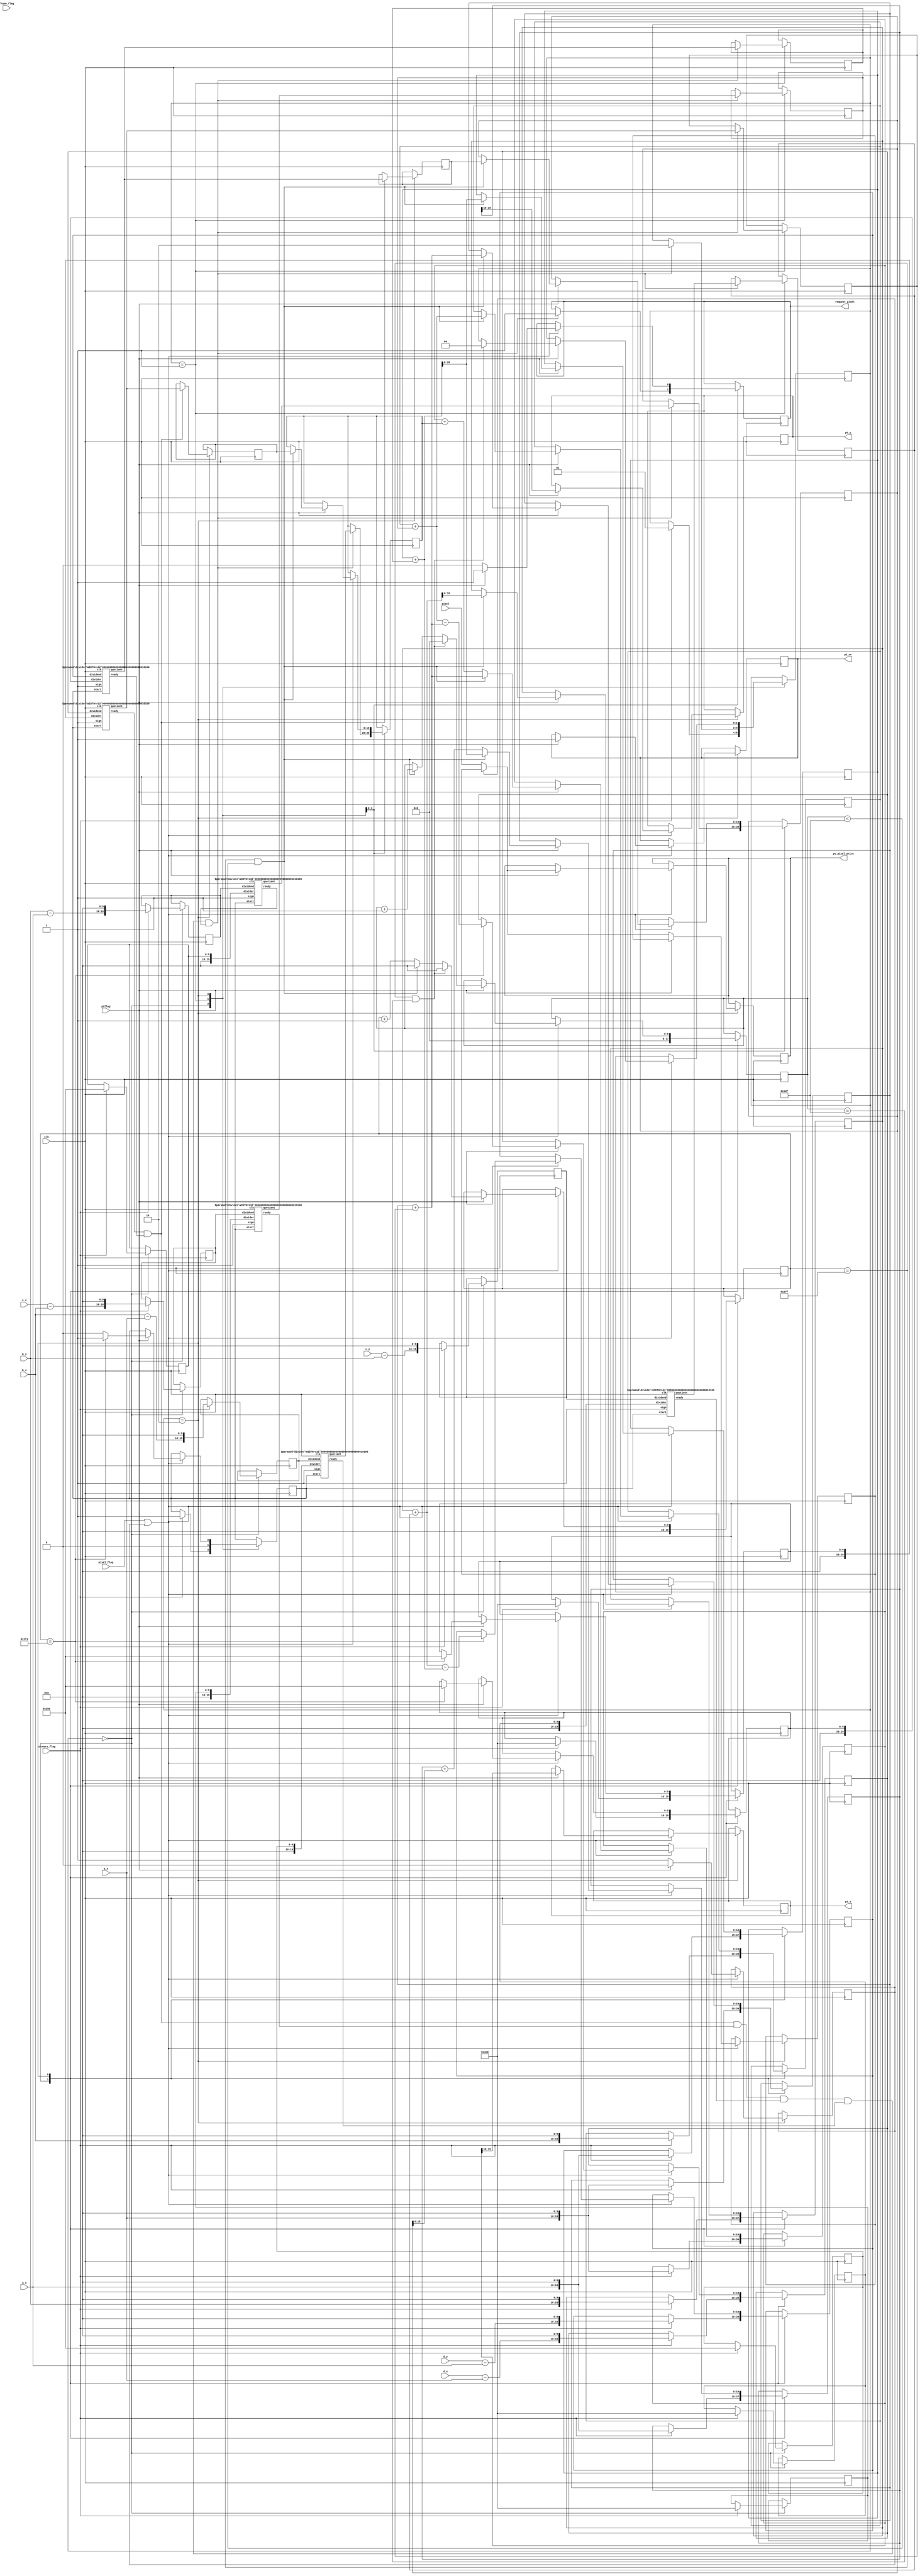
module projective_transform(
			    input 	      clk, // System clock (global ->)
			    input 	      frame_flag, // New frame flag (ntsc_capture ->)
			    input [17:0]      pixel, // Pixel data input (lpf ->)
			    input 	      pixel_flag, // New pixel recieved? (lpf ->)
			    input [9:0]       a_x, // coordinates of the corners
			    input [8:0]       a_y, //  |  (object_recognition ->)
			    input [9:0]       b_x, //  |
			    input [8:0]       b_y, //  |
			    input [9:0]       c_x, //  |
			    input [8:0]       c_y, //  |
			    input [9:0]       d_x, //  |
			    input [8:0]       d_y, //  |
			    input 	      corners_flag, // (object_recognition ->)


			    input 	      ptflag, // Okay to send new data (memory_interface ->) 
			    output reg [17:0] pt_pixel_write, // Pixel data output (-> memory_interface)
			    output reg [9:0]  pt_x, // Pixel output data location
			    output reg [8:0]  pt_y, //  | (-> memory_interface)
			    output reg 	      pt_wr, // Want to write pixel flag (-> memory_interface)
			    output reg 	      request_pixel = 0 // request a pixel to process (-> lpf) 	      
			    );
   

   reg [1:0] 				      state = 0;

   // iterator coordinates for the three iterator points
   // these all have 10 extra bits of resolution to simulate decimals
   // 	(for example 1 is represented by 1 << 10)
   reg [19:0] 				      i_a_x;
   reg [18:0] 				      i_a_y;
   reg [19:0] 				      i_b_x;
   reg [18:0] 				      i_b_y;
   reg [19:0] 				      i_c_x;
   reg [18:0] 				      i_c_y;

   // iterator incrementors
   reg [19:0] 				      delta_a_x;
   reg [19:0] 				      delta_a_y;
   reg [19:0] 				      delta_b_x;
   reg [19:0] 				      delta_b_y;
   reg [19:0] 				      delta_c_x;
   reg [19:0] 				      delta_c_y;
   reg [19:0] 				      delta_c_x_next;
   reg [19:0] 				      delta_c_y_next;
   
   // wires/registers for diving
   wire 				      rfd_a;
   wire 				      rfd_b;
   wire 				      rfd_c;
   wire 				      rfd_d;
   wire 				      rfd_e;
   wire 				      rfd_f;

   reg [19:0] 				      dividend_a;
   reg [19:0] 				      dividend_b;
   reg [19:0] 				      dividend_c;
   reg [19:0] 				      dividend_d;
   reg [19:0] 				      dividend_e;
   reg [19:0] 				      dividend_f;

   reg [9:0] 				      divisor_a;
   reg [9:0] 				      divisor_b;
   reg [9:0] 				      divisor_c;
   reg [9:0] 				      divisor_d;
   reg [9:0] 				      divisor_e;
   reg [9:0] 				      divisor_f;

   wire [19:0] 				      quotient_a;
   wire [19:0] 				      quotient_b;
   wire [19:0] 				      quotient_c;
   wire [19:0] 				      quotient_d;
   wire [19:0] 				      quotient_e;
   wire [19:0] 				      quotient_f;
   
   reg 					      startdivs;

   // coordinates iterators in the untransformed images
   reg [9:0] 				      o_x;
   reg [8:0] 				      o_y;

   reg [4:0] 				      counter;
   reg 					      counting = 0;

   // create some registers for dealing with possible delays
   // in memory_write
   reg [17:0] 				      pixel_save;
   reg 					      waiting_for_write;

   parameter WAIT_FOR_CORNERS = 0;
   parameter WAIT_FOR_DIVIDERS = 1;
   parameter WAIT_FOR_PIXEL = 2;

   // six dividers, for parallelization. these are used to calculate
   // iteration "deltas"
   divider #(.WIDTH(20)) diva(.clk(clk), .ready(rfd_a), .dividend(dividend_a),
			      .divider({10'b0,divisor_a}), .quotient(quotient_a), .sign(1'b1), .start(startdivs));

   divider #(.WIDTH(20)) divb(.clk(clk), .ready(rfd_b), .dividend(dividend_b),
			      .divider({10'b0,divisor_b}), .quotient(quotient_b), .sign(1'b1), .start(startdivs));
   
   divider #(.WIDTH(20)) divc(.clk(clk), .ready(rfd_c), .dividend(dividend_c),
			      .divider({10'b0,divisor_c}), .quotient(quotient_c), .sign(1'b1), .start(startdivs));

   divider #(.WIDTH(20)) divd(.clk(clk), .ready(rfd_d), .dividend(dividend_d),
			      .divider({10'b0,divisor_d}), .quotient(quotient_d), .sign(1'b1), .start(startdivs));

   divider #(.WIDTH(20)) dive(.clk(clk), .ready(rfd_e), .dividend(dividend_e),
			      .divider({10'b0,divisor_e}), .quotient(quotient_e), .sign(1'b1), .start(startdivs));
   
   divider #(.WIDTH(20)) divf(.clk(clk), .ready(rfd_f), .dividend(dividend_f),
			      .divider({10'b0,divisor_f}), .quotient(quotient_f), .sign(1'b1), .start(startdivs));

   always @(posedge clk) begin
      case(state)
	WAIT_FOR_CORNERS: begin
	   o_x <= 0;
	   o_y <= 0;
	   
	   if (corners_flag) begin
	      
	      i_a_x <= a_x << 10;
	      i_a_y <= a_y << 10;
	      i_b_x <= b_x << 10;
	      i_b_y <= b_y << 10;
	      i_c_x <= a_x << 10;
	      i_c_y <= a_y << 10;
	      
	      //start dividers
	      dividend_a <= (d_x - a_x) << 10;
	      dividend_b <= (d_y - a_y) << 10;
	      dividend_c <= (c_x - b_x) << 10;
	      dividend_d <= (c_y - b_y) << 10;
	      dividend_e <= (b_x - a_x) << 10;
	      dividend_f <= (b_y - a_y) << 10;

	      divisor_a <= 480;
	      divisor_b <= 480;
	      divisor_c <= 480;
	      divisor_d <= 480;
	      divisor_e <= 640;
	      divisor_f <= 640;
	      
	      startdivs <= 1;

	      // update state
	      state <= WAIT_FOR_DIVIDERS;

	   end // if (corners_flag)
	end // case: WAIT_FOR_CORNERS

	WAIT_FOR_DIVIDERS: begin
	   startdivs <= 0;

	   // if divider is done (divider delay = M + 4)
	   // M = dividend width = 20 in this case
	   if (rfd_a & rfd_b & rfd_c & rfd_d & rfd_e & rfd_f) begin
	      request_pixel <= 1;

	      delta_a_x <= quotient_a;
	      delta_a_y <= quotient_b;
	      delta_b_x <= quotient_c;
	      delta_b_y <= quotient_d;
	      delta_c_x <= quotient_e;
	      delta_c_y <= quotient_f;

	      // update state
	      state <= WAIT_FOR_PIXEL;
	   end
	end

	// This is the state where the bulk of the module is accomplished.
	// This waits for LPF to send a new pixel value to projective_transform,
	// then echoes that value and new coords to the memory management module.
	// then it increments the iterators accordingly.
	WAIT_FOR_PIXEL: begin
	   // a new pixel has arrived, process accordingly
	   if (pixel_flag || waiting_for_write) begin
	      if (ptflag) begin
		 waiting_for_write <= 0;
		 request_pixel <= 1;
		 
		 
		 // output the new pixel coordinates
		 if (waiting_for_write) begin
		    pt_pixel_write <= pixel_save;
		 end else begin
		    pt_pixel_write <= pixel;
		 end
		 
		 pt_x <= i_c_x >> 10;
		 pt_y <= i_c_y >> 10;
		 pt_wr <= 1;

		 // increment iterators
		 i_c_x <= i_c_x + delta_c_x;
		 i_c_y <= i_c_y + delta_c_y;
		 o_x <= o_x + 1;

		 // we are getting close to the end of this line. begin calculating the
		 // next lines deltas and distances. 	   
		 if (o_x == 500) begin
		    // start dividers
		    divisor_a <= 640;
		    divisor_b <= 640;

		    dividend_a <= ((i_b_x + delta_b_x) - (i_a_x + delta_a_x));
		    dividend_b <= ((i_b_y + delta_b_y) - (i_a_y + delta_a_y));
		    
		    startdivs <= 1;

		 end else startdivs <= 0;

		 // the end of the line
		 if (o_x == 639 && o_y < 479) begin
		    // increment iterators
		    o_y <= o_y + 1;
		    i_a_x <= i_a_x + delta_a_x;
		    i_a_y <= i_a_y + delta_a_y;
		    i_b_x <= i_b_x + delta_b_x;
		    i_b_y <= i_b_y + delta_b_y;
		    
		    // reset I_C to the new location of I_A
		    i_c_x <= i_a_x + delta_a_x;
		    i_c_y <= i_a_y + delta_a_y;

		    // update the deltas
		    delta_c_x <= delta_c_x_next;
		    delta_c_y <= delta_c_y_next;

		    // reset o_x 
		    o_x <= 0;
		 end
		 
		 // the end of the frame
		 if (o_x == 639 && o_y == 479) begin
		    // reset the iterator variables
		    o_x <= 0;
		    o_y <= 0;

		    // the other iterators will be reset when new corners arrive
		    
		    // go back to waiting
		    state <= WAIT_FOR_CORNERS;
		 end
	      end else begin // if (ptflag)
		 waiting_for_write <= 1; // set a flag

		 if (~waiting_for_write) pixel_save <= pixel; // store the current pixel data
		 request_pixel <= 0; // memory_interface is delayed, we do not
		 // want to deal with new pixels right now
		 
	      end // else: !if(ptflag)
	      
	   end // if (pixel_flag)

	   // if the divider is done
	   if (rfd_a & rfd_b) begin
	      // save deltas
	      delta_c_x_next <= quotient_a;
	      delta_c_y_next <= quotient_b;
	   end
	   
	end // case: WAIT_FOR_PIXEL
	
      endcase // case (state)
   end // always @ (posedge clk)    
endmodule // projective_transform

// The divider module divides one number by another. It
// produces a signal named "ready" when the quotient output
// is ready, and takes a signal named "start" to indicate
// the the input dividend and divider is ready.
//    sign -- 0 for unsigned, 1 for twos complement

// It uses a simple restoring divide algorithm.
// http://en.wikipedia.org/wiki/Division_(digital)#Restoring_division
module divider #(parameter WIDTH = 8) (ready, start, quotient, 
				       remainder, dividend, 
				       divider, sign, clk);

   input         clk;
   input         sign;
   input 	 start;
   input [WIDTH-1:0] dividend, divider;
   output [WIDTH-1:0] quotient, remainder;
   output 	      ready;

   reg [WIDTH-1:0]    quotient, quotient_temp;
   reg [WIDTH*2-1:0]  dividend_copy, divider_copy, diff;
   reg 		      negative_output;
   
   wire [WIDTH-1:0]   remainder = (!negative_output) ? 
                      dividend_copy[31:0] : 
                      ~dividend_copy[31:0] + 1'b1;

   reg [5:0] 	      bit; 
   reg 		      del_ready = 1;
   wire 	      ready = (!bit) & ~del_ready;

   wire [WIDTH-2:0]   zeros = 0;
   initial bit = 0;
   initial negative_output = 0;

   always @( posedge clk ) begin
      del_ready <= !bit;
      if( start ) begin

         bit = WIDTH;
         quotient = 0;
         quotient_temp = 0;
         dividend_copy = (!sign || !dividend[WIDTH-1]) ? 
                         {1'b0,zeros,dividend} : 
                         {1'b0,zeros,~dividend + 1'b1};
         divider_copy = (!sign || !divider[WIDTH-1]) ? 
			{1'b0,divider,zeros} : 
			{1'b0,~divider + 1'b1,zeros};

         negative_output = sign &&
                           ((divider[WIDTH-1] && !dividend[WIDTH-1]) 
                            ||(!divider[WIDTH-1] && dividend[WIDTH-1]));
         
      end 
      else if ( bit > 0 ) begin

         diff = dividend_copy - divider_copy;

         quotient_temp = quotient_temp << 1;

         if( !diff[WIDTH*2-1] ) begin

            dividend_copy = diff;
            quotient_temp[0] = 1'd1;

         end

         quotient = (!negative_output) ? 
                    quotient_temp : 
                    ~quotient_temp + 1'b1;

         divider_copy = divider_copy >> 1;
         bit = bit - 1'b1;

      end
   end
endmodule